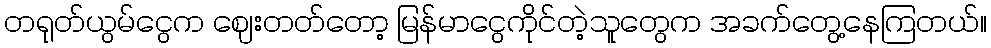
တရုတ်ယွမ်ငွေက ဈေးတတ်တော့ မြန်မာငွေကိုင်တဲ့သူတွေက အခက်တွေ့နေကြတယ်။